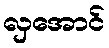
လှအောင်